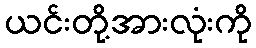
ယင်းတို့အားလုံးကို